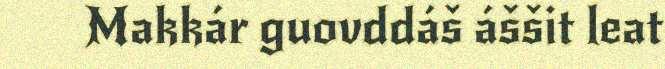
Makkár guovddáš áššit leat